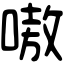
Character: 嗷